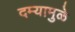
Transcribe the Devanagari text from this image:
दम्यामुळे